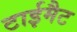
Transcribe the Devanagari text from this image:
टाईमैट